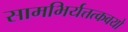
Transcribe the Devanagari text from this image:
सामभिर्यत्तत्कवयो